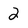
Character: 2